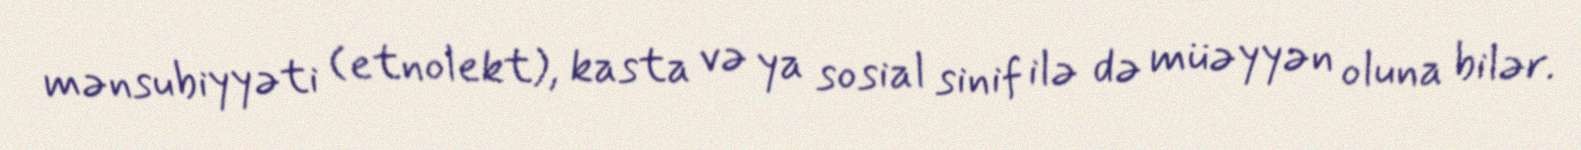
mənsubiyyəti (etnolekt), kasta və ya sosial sinif ilə də müəyyən oluna bilər.